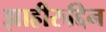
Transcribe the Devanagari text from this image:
झाहीरुद्दिन